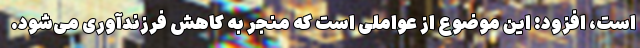
است، افزود: این موضوع از عواملی است که منجر به کاهش فرزندآوری می‌شود.